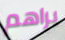
يراهم